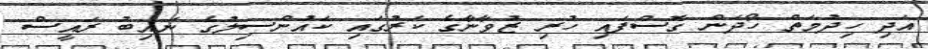
އަދި ހިދުމަތް ހޯދަން ގޮސްފައި ހުރި ޒުވާނާގެ ކަރުގައި ކައުންސިލުގެ ނައިބު ރައީސް